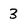
Character: 3